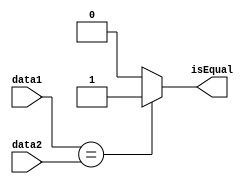
module comparator (input [31:0] data1 , input [31:0] data2 , output reg isEqual);


initial isEqual=0;
always@(*)
begin
if(data1==data2)
isEqual=1;
else
isEqual=0;

end

endmodule



module comparatorTB ;

reg [31:0] data1 ;
reg [31:0] data2 ;
wire isEqual;

initial 
begin
$monitor ("data1=%d ,data2=%d ,isEqual=%d",data1 ,data2 ,isEqual);

#10
data1=52;
data2=24;

#10
data1=24;
data2=24;

#10
data1=78;
data2=78;

#10
data1=52;
data2=24;

#10
data1=11;
data2=11;

end


comparator compareTEST(data1 ,data2 ,isEqual);
endmodule